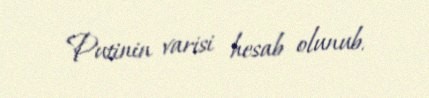
Putinin varisi hesab olunub.